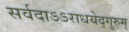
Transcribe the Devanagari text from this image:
सर्वदाऽऽराधयेद्गुरुम्